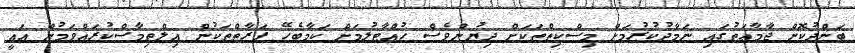
ބަންދުކޮށް ޖާމާޢަތުގައި ނަމާދުކުރުމަށް މިސްކިތްތަކަށް ދިޔުންވެސް ހުއްޓާލުމަށް ކަމާބެހޭ ފަރާތްތަކުން އިލްތިމާސްކުރައްވަމުން އައީ